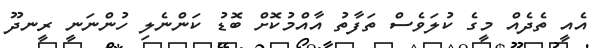
އެއީ ތެދެއް މީގެ ކުލަވެސް ތަފާތު އާއްމުކޮށް ބޮޑު ކަންނެލި ހުންނަނީ ރީނދޫ